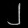
Digit: ၂